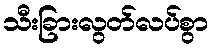
သီးခြားလွတ်လပ်စွာ